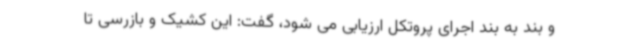
و بند به بند اجرای پروتکل ارزیابی می شود، گفت: این کشیک و بازرسی تا